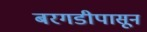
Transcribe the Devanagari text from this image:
बरगडीपासून